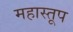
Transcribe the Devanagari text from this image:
महास्तूप